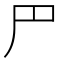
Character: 𠃜